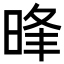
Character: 𣇔